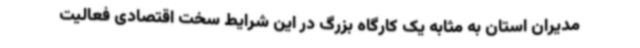
مدیران استان به مثابه یک کارگاه بزرگ در این شرایط سخت اقتصادی فعالیت